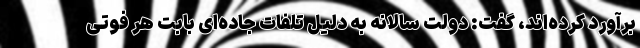
برآورد کرده‌اند، گفت: دولت سالانه به دلیل تلفات جاده‌ای بابت هر فوتی